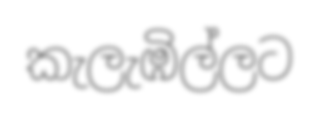
කැලැඹිල්ලට